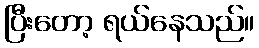
ပြီးတော့ ရယ်နေသည်။